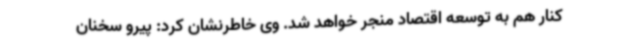
کنار هم به توسعه اقتصاد منجر خواهد شد. وی خاطرنشان کرد: پیرو سخنان